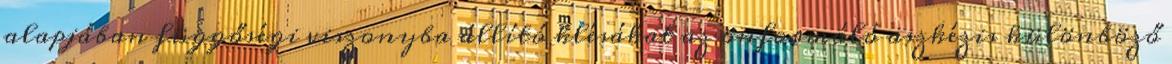
alapjában függőségi viszonyba állító klésákat az önformáló aszkézis különböző